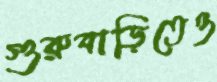
গুরুবাড়িতেও